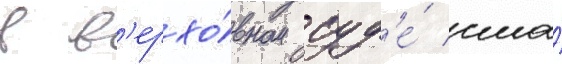
в в'ерхо́вном суд'е́ сша́